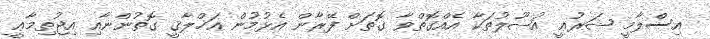
އިސްލާމީ ޝަރުޢީ އުޞޫލުތަކާ އެއްގޮތްވާ ގޮތަށް ފޭރާން އެޅުމުން އަޚްލާޤީ ގޮތުންނާއި އިޖުތިމާޢީ